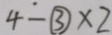
4 - \textcircled { 3 } \times 2